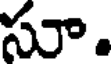
సూ.